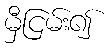
မှီငြမ်း၍